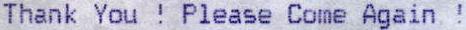
THANK YOU ! PLEASE COME AGAIN !